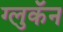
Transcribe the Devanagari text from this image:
ग्लुकॅन